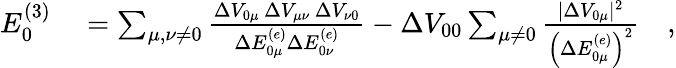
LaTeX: \begin{array}{rl}{E_{0}^{(3)}}&{{}=\sum_{\mu,\nu\neq 0}\frac{\Delta V_{0\mu}\, \Delta V_{\mu\nu}\, \Delta V_{\nu 0}}{\Delta E_{0\mu}^{(e)}\Delta E_{0\nu}^{(e)}}-\Delta V_{00}\sum_{\mu\neq 0}\frac{\vert\Delta V_{0\mu}\vert^{2}}{\left(\Delta E_{0\mu}^{(e)}\right)^{2}}\quad,}\end{array}